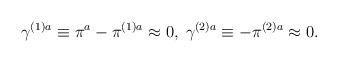
LaTeX: \begin{align*}\gamma ^{(1)a}\equiv \pi ^{a}-\pi ^{(1)a}\approx 0,\;\gamma ^{(2)a}\equiv-\pi ^{(2)a}\approx 0. \end{align*}